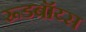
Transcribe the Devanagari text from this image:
रूडबॉय्स